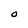
Character: O